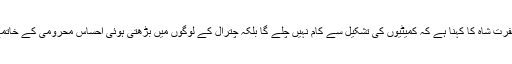
وزیرِ اعلیٰ کی جانب سے کمیٹی کے تشکیل پر ضلع ناظم حاجی مغفرت شاہ کا کہنا ہے کہ کمیٹیوں کی تشکیل سے کام نہیں چلے گا بلکہ چترال کے لوگوں میں بڑھتی ہوئی احساسِ محرومی کے خاتمے کے لیے حکومت کو ہنگامی بنیادوں پر اقدامات کرنے ہوں گے۔